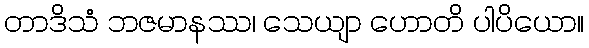
တာဒိသံ ဘဇမာနဿ၊ သေယျာ ဟောတိ ပါပိယော။